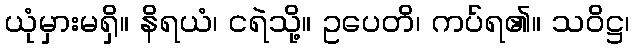
ယုံမှားမရှိ။ နိရယံ၊ ငရဲသို့။ ဥပေတိ၊ ကပ်ရ၏။ သဝိဋ္ဌ၊